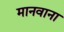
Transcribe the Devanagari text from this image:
मानवाना